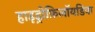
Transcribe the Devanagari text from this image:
हाइड्रोफ़िलॉयडिया